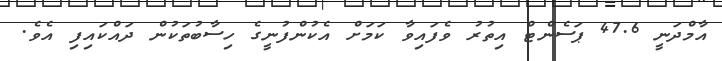
އާމްދަނީ 47.6 ޕަސެންޓް އިތުރު ވެފައިވާ ކަމަށް އެކުންފުނީގެ ހިސާބުތަކުން ދައްކައިފި އެވެ.